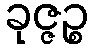
ခုဇ္ဇဉ္စ